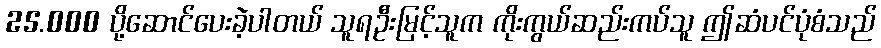
25.000 ပို့ဆောင်ပေးခဲ့ပါတယ် သူရဦးမြင့်သူက ကိုးကွယ်ဆည်းကပ်သူ ဤဆံပင်ပုံစံသည်